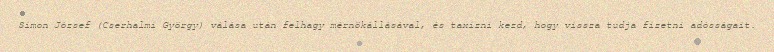
Simon József (Cserhalmi György) válása után felhagy mérnökállásával, és taxizni kezd, hogy vissza tudja fizetni adósságait.